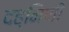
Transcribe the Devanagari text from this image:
दह्निणी